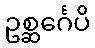
ဥစ္ဆင်္ဂေပိ